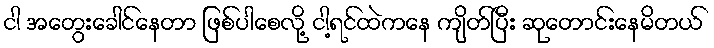
ငါ အတွေးခေါင်နေတာ ဖြစ်ပါစေလို့ ငါ့ရင်ထဲကနေ ကျိတ်ပြီး ဆုတောင်းနေမိတယ်